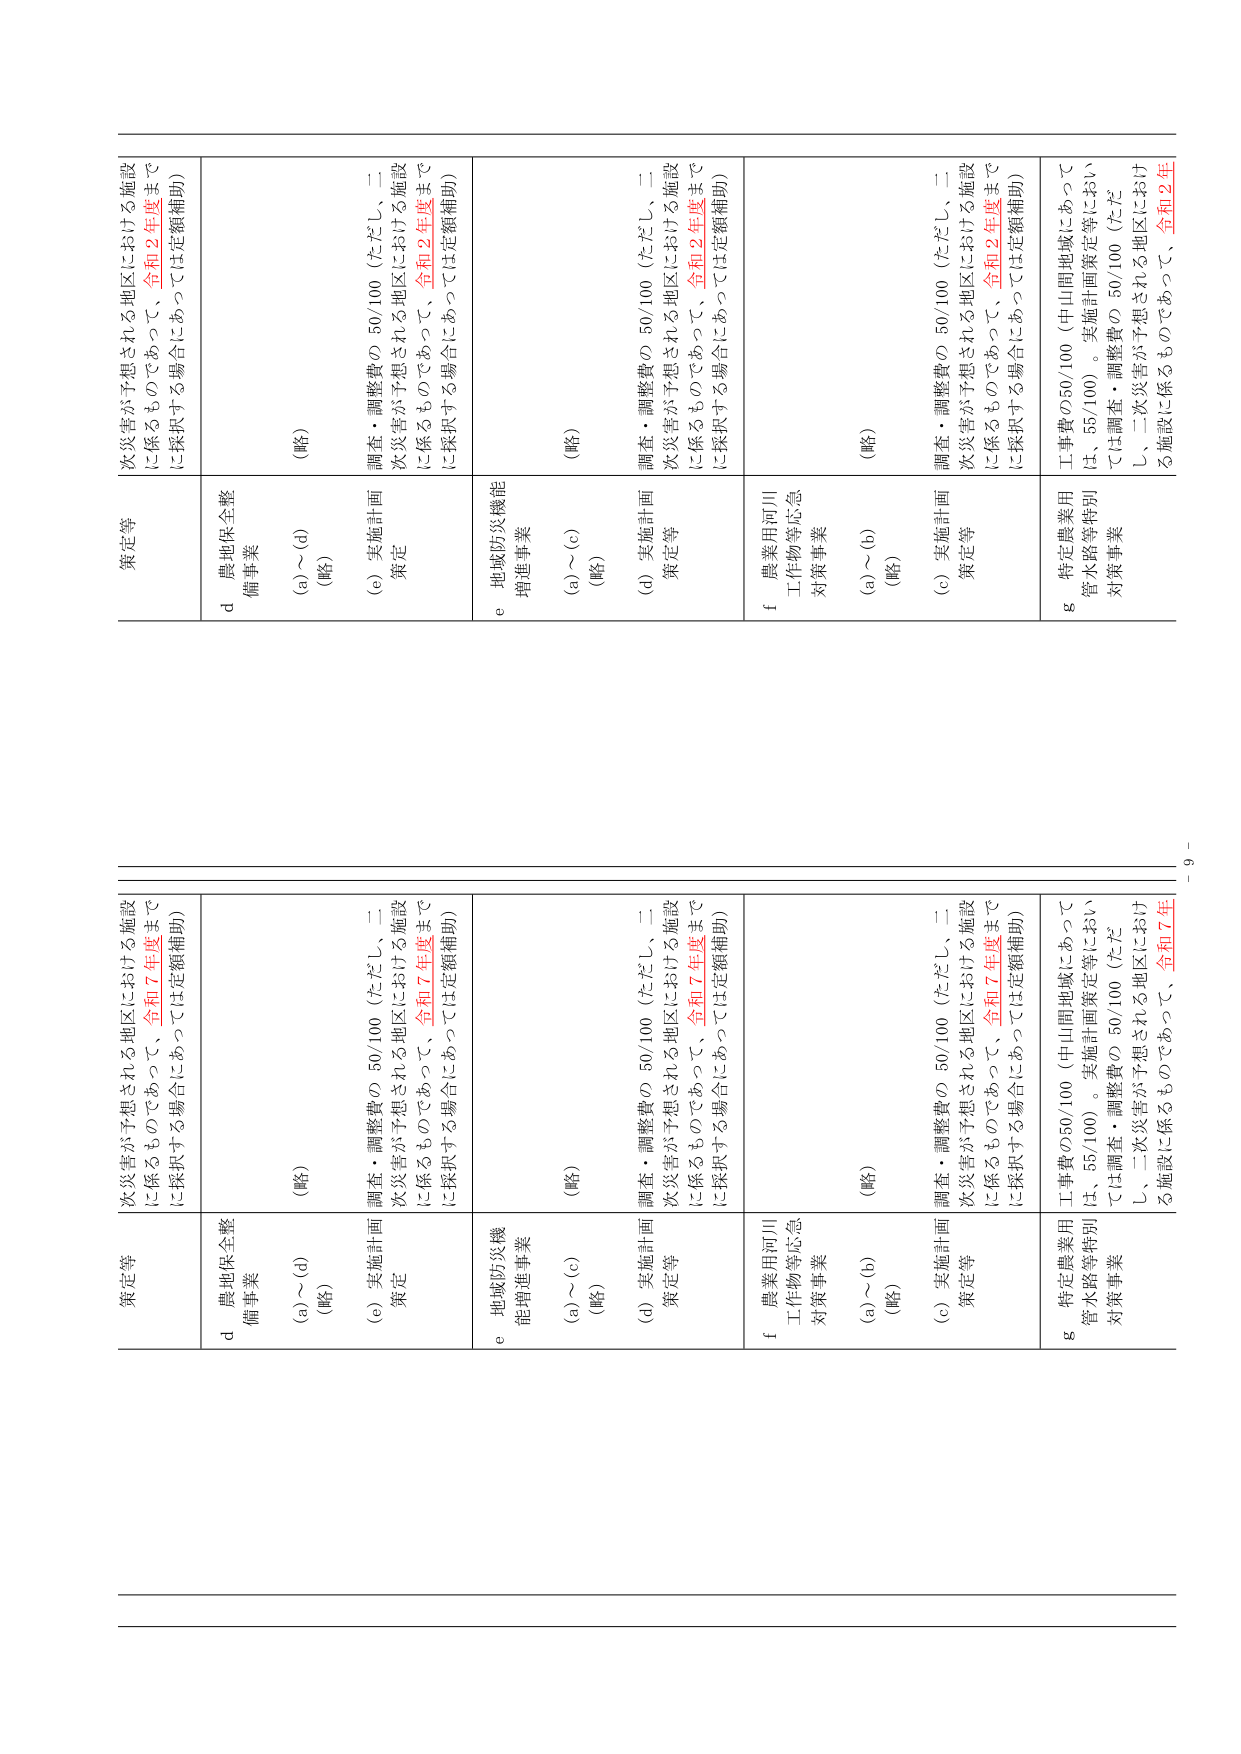
次災害が予想される地区における施設
に係るものであって、令和７年度まで
に採択する場合にあっては定額補助）

策定等

d 農地保全整備事業
(a)～(d)
（略）

(e) 実施計画策定
調査・調整費の 50/100（ただし、二次災害が予想される地区における施設
に係るものであって、令和７年度までに採択する場合にあっては定額補助）

e 地域防災機能増進事業
(a)～(c)
（略）

(d) 実施計画策定等
調査・調整費の 50/100（ただし、二次災害が予想される地区における施設
に係るものであって、令和７年度までに採択する場合にあっては定額補助）

f 農業用河川工作物等応急対策事業
(a)～(b)
（略）

(c) 実施計画策定等
調査・調整費の 50/100（ただし、二次災害が予想される地区における施設
に係るものであって、令和７年度までに採択する場合にあっては定額補助）

g 特定農業用管水路等特別対策事業
工事費の50/100（中山間地域にあっては、55/100）。実施計画策定等においては調査・調整費の 50/100（ただし、二次災害が予想される地区における施設に係るものであって、令和７年

次災害が予想される地区における施設
に係るものであって、令和２年度まで
に採択する場合にあっては定額補助）

策定等

d 農地保全整備事業
(a)～(d)
（略）

(e) 実施計画策定
調査・調整費の 50/100（ただし、二次災害が予想される地区における施設
に係るものであって、令和２年度までに採択する場合にあっては定額補助）

e 地域防災機能増進事業
(a)～(c)
（略）

(d) 実施計画策定等
調査・調整費の 50/100（ただし、二次災害が予想される地区における施設
に係るものであって、令和２年度までに採択する場合にあっては定額補助）

f 農業用河川工作物等応急対策事業
(a)～(b)
（略）

(c) 実施計画策定等
調査・調整費の 50/100（ただし、二次災害が予想される地区における施設
に係るものであって、令和２年度までに採択する場合にあっては定額補助）

g 特定農業用管水路等特別対策事業
工事費の50/100（中山間地域にあっては、55/100）。実施計画策定等においては調査・調整費の 50/100（ただし、二次災害が予想される地区における施設に係るものであって、令和２年

－ 9 －